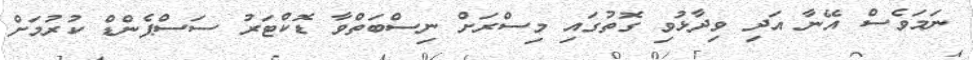
ނަމަވެސް އޭނާ އަދި ވިދާޅުވި ގޮތުގައި މިސްރަށް ނިސްބަތްވާ ޑޮކްޓަރު ސަސްޕެންޑް ކުރުމަށް